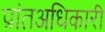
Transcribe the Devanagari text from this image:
प्रांतअधिकारी